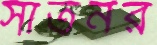
সাতনর